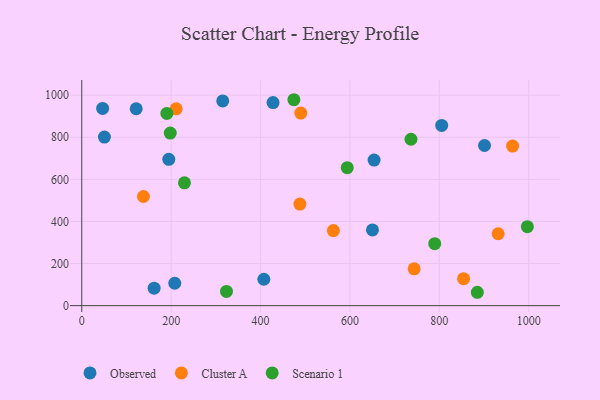
{"axis": {"x": "Study Hours", "y": "Demand"}, "legend": ["Cluster A", "Observed", "Scenario 1"], "data": [{"x": "428.0", "y": 964.6, "type": "Observed"}, {"x": "208.1", "y": 106.4, "type": "Observed"}, {"x": "161.9", "y": 83.1, "type": "Observed"}, {"x": "901.1", "y": 760.8, "type": "Observed"}, {"x": "654.0", "y": 691.3, "type": "Observed"}, {"x": "194.7", "y": 695.0, "type": "Observed"}, {"x": "805.3", "y": 856.3, "type": "Observed"}, {"x": "50.7", "y": 800.6, "type": "Observed"}, {"x": "407.4", "y": 125.4, "type": "Observed"}, {"x": "315.4", "y": 972.6, "type": "Observed"}, {"x": "121.8", "y": 935.3, "type": "Observed"}, {"x": "650.4", "y": 359.6, "type": "Observed"}, {"x": "46.7", "y": 936.9, "type": "Observed"}, {"x": "488.1", "y": 482.6, "type": "Cluster A"}, {"x": "931.6", "y": 341.6, "type": "Cluster A"}, {"x": "138.0", "y": 518.4, "type": "Cluster A"}, {"x": "963.9", "y": 758.0, "type": "Cluster A"}, {"x": "490.1", "y": 914.8, "type": "Cluster A"}, {"x": "743.7", "y": 174.8, "type": "Cluster A"}, {"x": "854.3", "y": 127.9, "type": "Cluster A"}, {"x": "211.2", "y": 934.9, "type": "Cluster A"}, {"x": "563.0", "y": 356.4, "type": "Cluster A"}, {"x": "885.0", "y": 63.5, "type": "Scenario 1"}, {"x": "736.6", "y": 790.5, "type": "Scenario 1"}, {"x": "198.0", "y": 819.7, "type": "Scenario 1"}, {"x": "229.8", "y": 583.3, "type": "Scenario 1"}, {"x": "789.7", "y": 294.4, "type": "Scenario 1"}, {"x": "997.0", "y": 375.3, "type": "Scenario 1"}, {"x": "594.0", "y": 655.5, "type": "Scenario 1"}, {"x": "474.6", "y": 978.2, "type": "Scenario 1"}, {"x": "323.8", "y": 67.5, "type": "Scenario 1"}, {"x": "190.4", "y": 913.3, "type": "Scenario 1"}]}